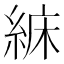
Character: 𦀾